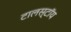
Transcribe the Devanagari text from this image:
टालस्टॉय